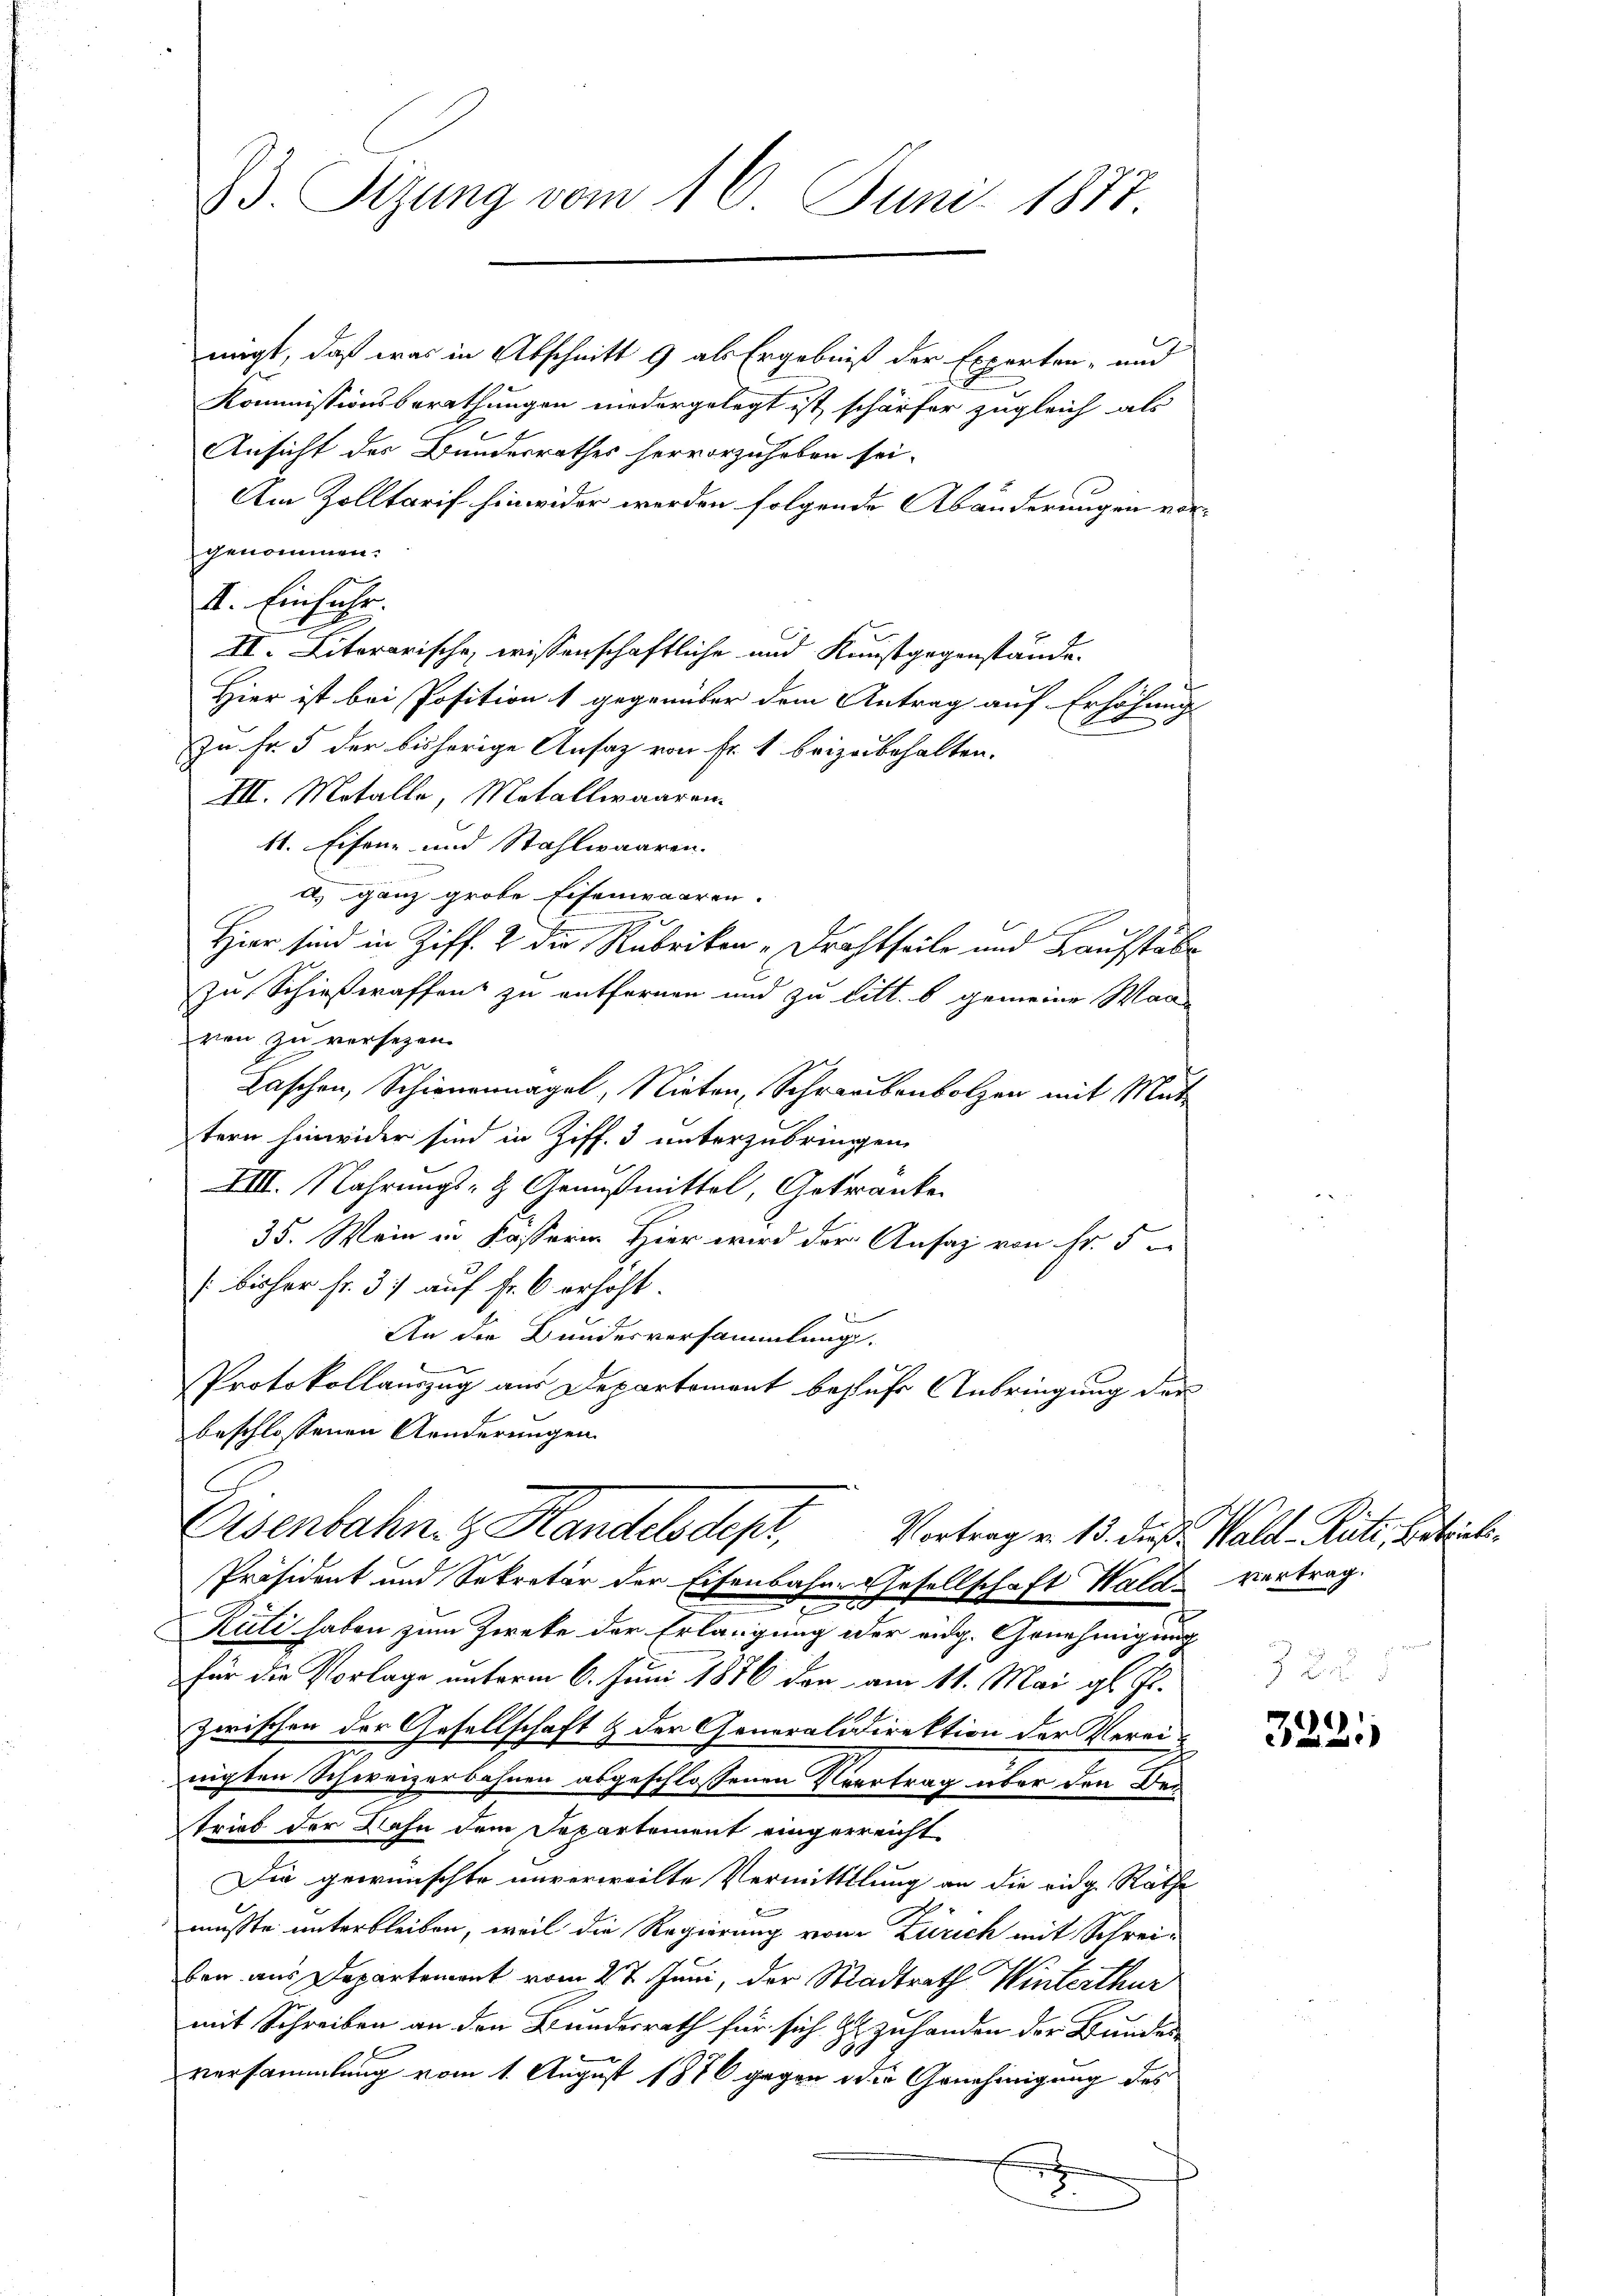
23. Sezung vom 16. Juni 1877.

migt, daß was in Abschnitt 9 als Ergebniß der Experten- und
Kommissionsberathungen niedergelegt ist schärfer zugleich als
Ansicht des Bundesrathes hervorzuheben sei.
Am Zolltarif hinwider werden folgende Abänderungen vorgenommen.
I. Einfahr.
II. Literarische wissenschaftliche und Kunstgegenstände.
Hier ist bei Position 1 gegenüber dem Antrag auf Erhöhung
zu Fr. 5 der bisherige Ansaz von Fr. 1 beizubehalten.
III. Metalle, Metallwaaren.
41. Eisen- und Stahlwaaren.
a) ganz grobe Eisenwaaren.
29
x
Hier sind in Ziff. 2 die Rubrikon -Drachtheile und Kaufstäbe
zu Schießeraffen zu entfernen und zu litt. b gemeine Waa
von zu versezen.
Laschen, Schienermagel, Nieten, Schraubenbolzen mit Muttern hinwider sind in Ziff. 3 unterzubringen.
VIII. Nahrungs- & Genußmittel, Getränke
35. Wein in Kasserin Hier wird der Ansaz von Fr. 5
[bisher fr. 3. auf fr. 6 erhöht.
An die Bundesversammlungs¬
Protokollauszug aus Departement besuche Anbringung der
beschlossenen Aenderungen
Eisenbahn. Handels depr
Vortrag v. 13. die Wald–Rüti, Beteil
Präsident und Sekretär der Eisenbahne Gesellschaft Wald vertrag.
t
Rüti haben zum Zweke der Erlangung oder eidg. Genehmigung
für die Vorlage unterm 6. Juni 1886 den am 11. Mai gl. Js.
zwischen der Gesellschaft & der Generalidirektion der Verei-
nigten Schweizerbahnen abgeschlossenen Vertrag über den Dei
trieb der Bahn dem Departement eingerreicht
Die gewünschte unverweilte Vermittlung an die eidg. Räthe
e
musste unterbleiben, weil die Regierung von Zürich mit Schrei-
ben aus Departement vom 27. Juni, der Stadtrath Winterthur
mit Schreiben an den Bundesrath für sich zu zuhanden der Bundes
h
versammlung vom 1. August 1876 gegen die Genehmigung des
e

321)